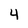
Character: 4